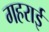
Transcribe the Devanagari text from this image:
गहरार्इ